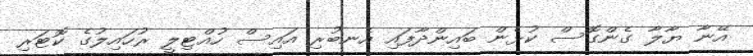
އޭނާ ޔާލާ ގެންގޮސް ކުޅެން ބައިންދާފައި އެނބުރި އައިސް ހުއްޓިލީ ރުހައިލުގެ ކޮޓަރި